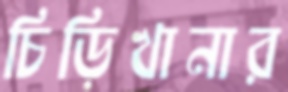
চিড়িখানার